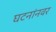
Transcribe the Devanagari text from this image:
घटनांनवर